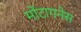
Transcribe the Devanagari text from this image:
मोंटागनेस